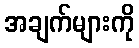
အချက်များကို